Indian Civil Veterinary Department memoirs
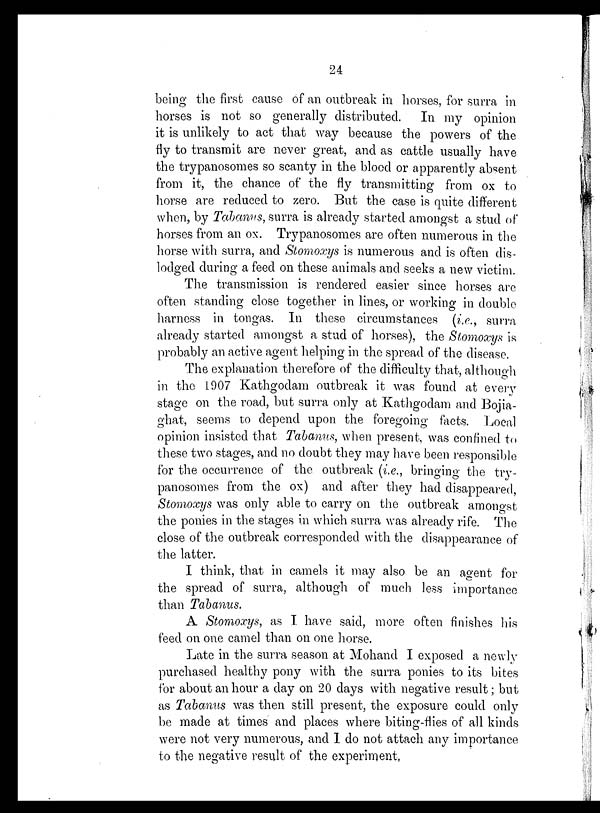
24
being the first cause of an outbreak in horses, for surra in
horses is not so generally distributed.
In my opinion
it is unlikely to act that way because the powers of the
fly to transmit are never great, and as cattle usually have
the trypanosomes so scanty in the blood or apparently absent
from it, the chance of the fly transmitting from ox to
horse are reduced to zero. But the case is quite different
when, by Tabanus, surra is already started amongst a stud of
horses from an ox. Trypanosomes are often numerous in the
horse with surra, and Stomoxys is numerous and is often dis-
lodged during a feed on these animals and seeks a new victim.
The transmission is rendered easier since horses are
often standing close together in lines, or working in double
harness in tongas. In these circumstances (i.e., surra
already started amongst a stud of horses), the Stomoxys is
probably an active agent helping in the spread of the disease.
The explanation therefore of the difficulty that, although
in the 1907 Kathgodam outbreak it was found at every
stage on the road, but surra only at Kathgodam and Bojia-
ghat, seems to depend upon the foregoing facts. Local
opinion insisted that Tabanus, when present, was confined to
these two stages, and no doubt they may have been responsible
for the occurrence of the outbreak (i.e., bringing the try-
panosomes from the ox) and after they had disappeared,
Stomoxys was only able to carry on the outbreak amongst
the ponies in the stages in which surra was already rife. The
close of the outbreak corresponded with the disappearance of
the latter.
I think, that in camels it may also be an agent for
the spread of surra, although of much less importance
than Tabanus.
A Stomoxys, as I have said, more often finishes his
feed on one camel than on one horse.
Late in the surra season at Mohand I exposed a newly
purchased healthy pony with the surra ponies to its bites
for about an hour a day on 20 days with negative result; but
as Tabanus was then still present, the exposure could only
be made at times and places where biting-flies of all kinds
were not very numerous, and I do not attach any importance
to the negative result of the experiment,